Vital statistics of India. Vol. V, Reports of 1876 on armies & jails and on epidemic cholera
Year: 1876
Disease focus: Cholera
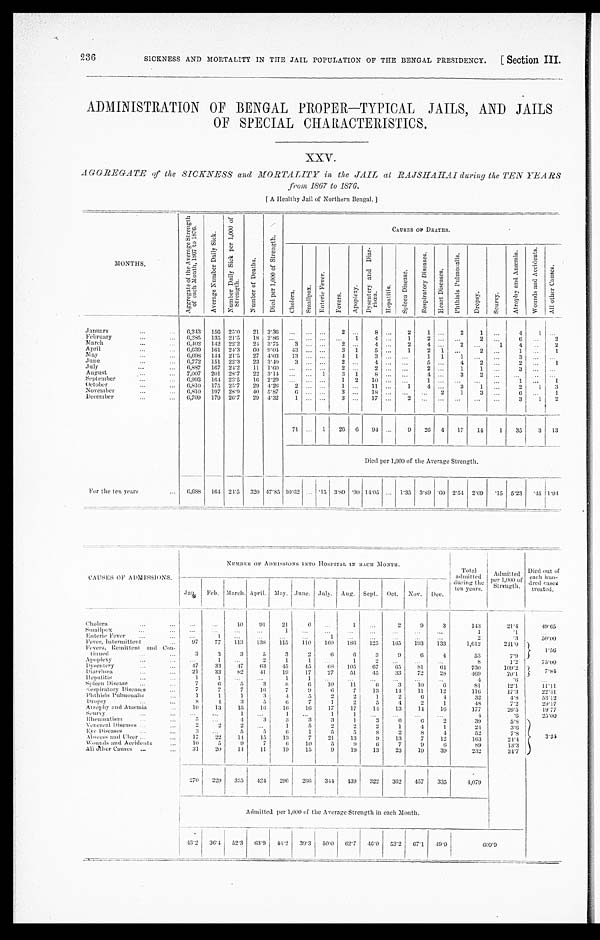
236
SICKNESS AND MORTALITY IN THE JAIL POPULATION OF THE BENGAL PRESIDENCY. [Section III.
ADMINISTRATION OF BENGAL PROPER—TYPICAL JAILS, AND JAILS
OF SPECIAL CHARACTERISTICS.
XXV.
AGGREGATE of the SICKNESS and MORTALITY in the JAIL at RAJSHAHAI during the TEN YEARS
front 1867 to 1876.
[A Healthy Jail of Northern Bengal.]
M O N T H S .
A g g r e g a t e o f t h e A v e r a g e S t r e n g t h o f e a c h M o n t h , 1 8 6 7 t o 1 8 7 6 .
A v e r a g e N u m b e r D a i l y S i c k .
N u m b e r D a i l y S i c k p e r 1 , 0 0 0 o f S t r e n g t h .
N u m b e r o f D e a t h s .
D i e d p e r 1 , 0 0 0 o f S t r e n g t h .
CAUSES OF DEATHS.
C h o l e r a .
S m a l l p o x .
E n t e r i c F e v e r .
F e v e r s .
A p o p l e x y .
D y s e n t e r y a n d D i a r - r h œ a .
H e p a t i t i s .
S p l e e n D i s e a s e .
R e s p i r a t o r y D i s e a s e s .
H e a r t D i s e a s e s .
P h t h i s i s P u l m o n a l i s .
D r o p s y .
S e u r v y .
A t r o p h y a n d A n æ m i a .
W o u n d s a n d A c c i d e n t s .
A l l o t h e r C a u s e s .
January
6 , 2 4 3
1 5 6
2 5 · 0
2 1 3 · 3 6
. . .
. . .
. . . 2
. . .
8 . . .
2
1 . . .
2
1 . . .
4
1 . . .
February
6 , 2 8 5
1 3 5
2 1 · 5
1 8 2 · 8 6
. . .
. . . . . . . . .
1
4 . . .
1 2
. . . . . .
2
. . .
6 . . .
M a r c h
6 , 4 0 2
1 4 2
2 2 · 2
2 4 3 · 7 5
3 . . . . . .
2 . . .
4 . . .
2
4 . . .
2
. . . 1
4 . . .
A p r i l
6 , 6 3 9
1 6 1
2 4 · 3
6 0 9 · 0 4
4 3 . . . . . .
3 1
5 . . .
1
2 1 . . . 2
. . .
1 . . .
M a y
6 , 6 9 8
1 4 4
2 1 · 5
2 7 4 · 0 3
1 3 . . . . . .
4 1
3 . . . . . .
1 1
1 . . . . . .
3 . . .
. . .
June
6 , 7 7 2
1 5 1
2 2 · 3
2 3 3 · 4 0
3
. . . . . . 2
. . .
4
. . . . . .
5 . . .
4 2
. . .
2 . . .
1
J u l y
6 , 8 8 7
1 6 7
2 4 · 2
1 1 1 · 6 0
. . .
. . . . . . 2
. . .
2
. . . . . .
2 . . .
1
1 . . .
3 . . .
. . .
August
7 , 0 0 7
2 0 1
2 8 · 7
2 2 3 · 1 4
. . .
. . . 1
3 1
8 . . . . . .
4
. . .
3
2 . . .
. . .
. . .
. . .
S e p t e m b e r
6 , 9 9 3
1 6 4
2 3 · 5
1 6 2 · 2 9
. . . . . .
. . .
1 2
1 0 . . .
. . .
1 . . .
. . . . . .
. . .
1 . . .
O c t o b e r 6 , 8 1 0
1 7 5
2 5 · 7
2 9 4 · 2 6
2
. . . . . .
1 . . .
1 1 . . . 1
4
. . .
3
1 . . .
2
1
N o v e m b e r
6 , 8 1 0
1 9 7
2 8 · 9
4 0
5 · 8 7
6
. . . . . . 3
. . . 1 8
. . . . . .
. . .
2 1
3
. . .
6 . . .
1
December
6 , 7 0 9
1 7 9
2 6 · 7
2 9 4 · 3 2
1 . . . . . .
3 . . .
1 7 . . . 2
. . .
. . . . . .
. . .
. . .
3
1
7 1 . . .
1
2 6
6
9 4 . . .
9
2 6
4
1 7
1 4
1
3 5
3
Died per 1,000 of the Average Strength.
F o r t h e t e n y e a r s
6 , 6 8 8
1 6 4
2 4 · 5
3 2 0
4 7 · 8 5
1 0 · 6 2
. . . · 1 5
3 · 8 9
· 9 0 1 4 · 0 5
. . . 1 · 3 5
3 · 8 9
· 6 0
2 · 5 4
2 · 0 9
· 1 5
5 · 2 3
· 4 5 1 · 9 4
CAUSES OF ADMISSIONS.
N U M B E R O F A D M I S S I O N S I N T O H O S P I T A L I N B A C H M O N T H .
T o t a l a d m i t t e d d u r i n g t h e t e n y e a r s .
A d m i t t e d p e r 1 , 0 0 0 o f S t r e n g t h .
D i e d o u t o f e a c h h u n - d r e d c a s e s t r e a t e d .
J a n .
F e b .
M a r c h .
A p r i l .
M a y .
J u n e .
J u l y .
A u g .
S e p t .
O c t .
N o v .
D e c .
Cholera
. . .
. . .
1 0
9 1
2 1
6
. . .
1
. . .
2
9
3
1 4 3
2 1 · 4
4 9 · 6 5
Smal l pox
. . . . . .
. . .
. . .
1
. . .
. . .
. . .
. . . . . .
. . .
. . . .
1
· 1 ...
Enteric Fever
. . .
1 . . .
. . .
. . .
. . .
1
. . .
. . .
. . .
. . .
. . .
2
· 3
5 0 · 0 0
Fever, Intermittent
9 7
7 7
1 1 3
1 3 8
1 1 5
1 1 0
1 6 0
1 8 6
1 2 5
1 6 5
1 9 3
1 3 3
1 , 6 1 2
2 4 1 · 0
1 · 5 6
Fevers, Remi t t ent and Con-t i nued
3
3
3
5
3
2
6
6
3
9
6
4
5 3
7 · 9
A p o p l e x y
. . .
1
. . .
2
1
1 . . .
1 2
. . .
. . .
. . .
8
1 · 2
7 5 · 0 0
Dysentery
4 7
3 3
4 7
6 3
4 5
4 5
6 8
1 0 5
6 7
6 5
8 1
6 1
7 3 0
1 0 9 · 2
7 · 8 4
D i a a r r h œ
2 1
3 3
8 2
4 1
1 9
1 7
2 7
5 1
4 5
3 3
7 2
2 8
4 6 9
7 0 · 1
Hepat i t i s
1
1 . . .
. . .
1
1
. . .
. . .
. . .
. . .
. . . . . .
4
· 6
. . .
Sp l e e n Di s e a s e
7
6
5
3
8
6
1 0
1 1
6
3
1 0
6
8 1
1 2 · 1
1 1 · 1 1
Respiratory Diseases
7
7
7
1 6
7
9
6
7
1 3
1 4
1 1
1 2
1 1 6
1 7 · 3
2 2 · 4 1
P h t h i s i s P u l m o n a l i s
1
1
1
3
4
5
2
2
1
2
6
4
3 2
4 · 8
5 3 · 1 2
Dropsy
8
4
3
5
6
7
1
2
5
4
2
1
4 8
7 · 2
2 9 · 1 7
At r o p h y a n d An æ mi a
1 0
1 3
1 5
1 6
1 6
1 6
1 7
1 7
1 4
1 3
1 4
1 6
1 7 7
2 6 · 5
1 9 · 7 7
S e u r v y
. . .
. . . 1
. . .
1
. . .
1 1
. .
. . . . . .
. . .
4
· 6
2 5 · 0 0
R h e u m a t i s m
5 . . .
4
3
3
3
3
1
3
6
6
2
3 9
5 · 8
3 · 3 4
Venereal Diseases
2
2
2 . . .
1
5
2
2
2
1
4
1
2 4
3 · 6
Eye Diseases
3 . . .
5
5
6
1
5
5
8
2
8
4
5 2
7 · 8
A b s e e s s a n d U l c e r
1 7
2 2
1 4
1 5
1 3
7
2 1
1 3
9
1 3
7
1 2
1 6 3
2 4 · 4
Wounds and Accidents
1 0
5
9
7
6
1 0
5
9
6
7
9
6
8 9
1 3 · 3
All other Causes
3 1
2 0
1 4
1 1
1 9
1 5
9
1 9
1 3
2 3
1 9
3 9
2 3 2
3 4 · 7
2 7 0
2 2 9
3 3 5
4 2 4
2 9 6
2 6 6
3 4 4
4 3 9
3 2 2
3 6 2
4 5 7
3 3 5
4 , 0 7 9
Admitted per 1,000 of the Average Strength in each Month.
4 3 · 2
3 6 · 4
5 2 · 3
6 3 · 9
4 4 · 2
3 9 · 3
5 0 · 0
6 2 · 7
4 6 · 0
5 3 · 2
6 7 · 1
4 9 · 9
6 0 6 · 9